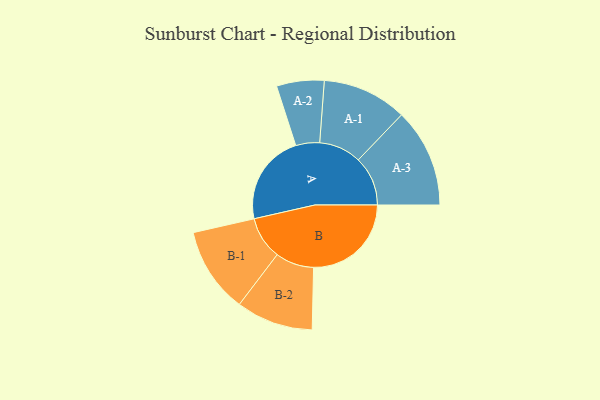
{"axis": {"x": "Segment", "y": "Value"}, "legend": ["", "A", "B"], "data": [{"x": "A", "y": 382, "type": ""}, {"x": "B", "y": 411, "type": ""}, {"x": "A-1", "y": 178, "type": "A"}, {"x": "A-2", "y": 100, "type": "A"}, {"x": "A-3", "y": 208, "type": "A"}, {"x": "B-1", "y": 180, "type": "B"}, {"x": "B-2", "y": 162, "type": "B"}]}